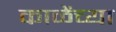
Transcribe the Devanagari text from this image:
काळेंच्या